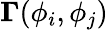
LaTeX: \mathbf{\Gamma}(\phi_{i},\phi_{j})